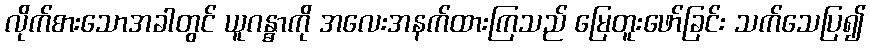
လိုက်စားသောအခါတွင် ယူဂန္ဓာကို အလေးအနက်ထားကြသည် မြေတူးဖော်ခြင်း သက်သေပြ၍